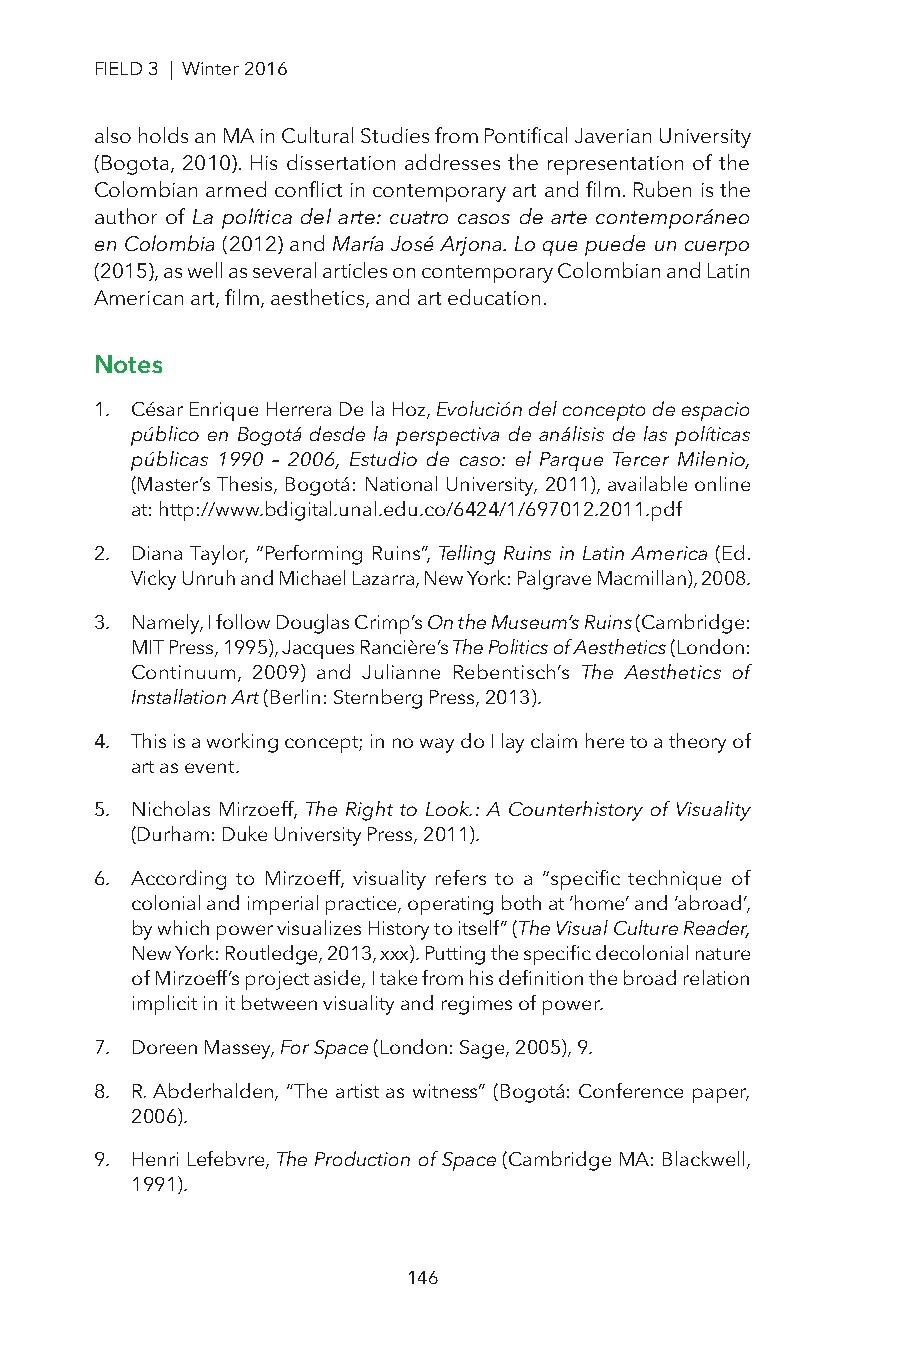
FIELD 3 | Winter 2016
 also holds an MA in Cultural Studies from Pontifical Javerian University
 (Bogota, 2010). His dissertation addresses the representation of the
 Colombian armed conflict in contemporary art and film. Ruben is the
 author of La política del arte: cuatro casos de arte contemporáneo
 en Colombia (2012) and María José Arjona. Lo que puede un cuerpo
 (2015), as well as several articles on contemporary Colombian and Latin
 American art, film, aesthetics, and art education.
 Notes
 1. César Enrique Herrera De la Hoz, Evolución del concepto de espacio
 público en Bogotá desde la perspectiva de análisis de las políticas
 públicas 1990 – 2006, Estudio de caso: el Parque Tercer Milenio,
 (Master’s Thesis, Bogotá: National University, 2011), available online
 at: http://www.bdigital.unal.edu.co/6424/1/697012.2011.pdf
 2. Diana Taylor, “Performing Ruins”, Telling Ruins in Latin America (Ed.
 Vicky Unruh and Michael Lazarra, New York: Palgrave Macmillan), 2008.
 3. Namely, I follow Douglas Crimp’s On the Museum’s Ruins (Cambridge:
 MIT Press, 1995), Jacques Rancière’s The Politics of Aesthetics (London:
 Continuum, 2009) and Julianne Rebentisch’s The Aesthetics of
 Installation Art (Berlin: Sternberg Press, 2013).
 4. This is a working concept; in no way do I lay claim here to a theory of
 art as event.
 5. Nicholas Mirzoeff, The Right to Look.: A Counterhistory of Visuality
 (Durham: Duke University Press, 2011).
 6. According to Mirzoeff, visuality refers to a “specific technique of
 colonial and imperial practice, operating both at ‘home’ and ‘abroad’,
 by which power visualizes History to itself” (The Visual Culture Reader,
 New York: Routledge, 2013, xxx). Putting the specific decolonial nature
 of Mirzoeff’s project aside, I take from his definition the broad relation
 implicit in it between visuality and regimes of power.
 7. Doreen Massey, For Space (London: Sage, 2005), 9.
 8. R. Abderhalden, “The artist as witness” (Bogotá: Conference paper,
 2006).
 9. Henri Lefebvre, The Production of Space (Cambridge MA: Blackwell,
 1991).
 146